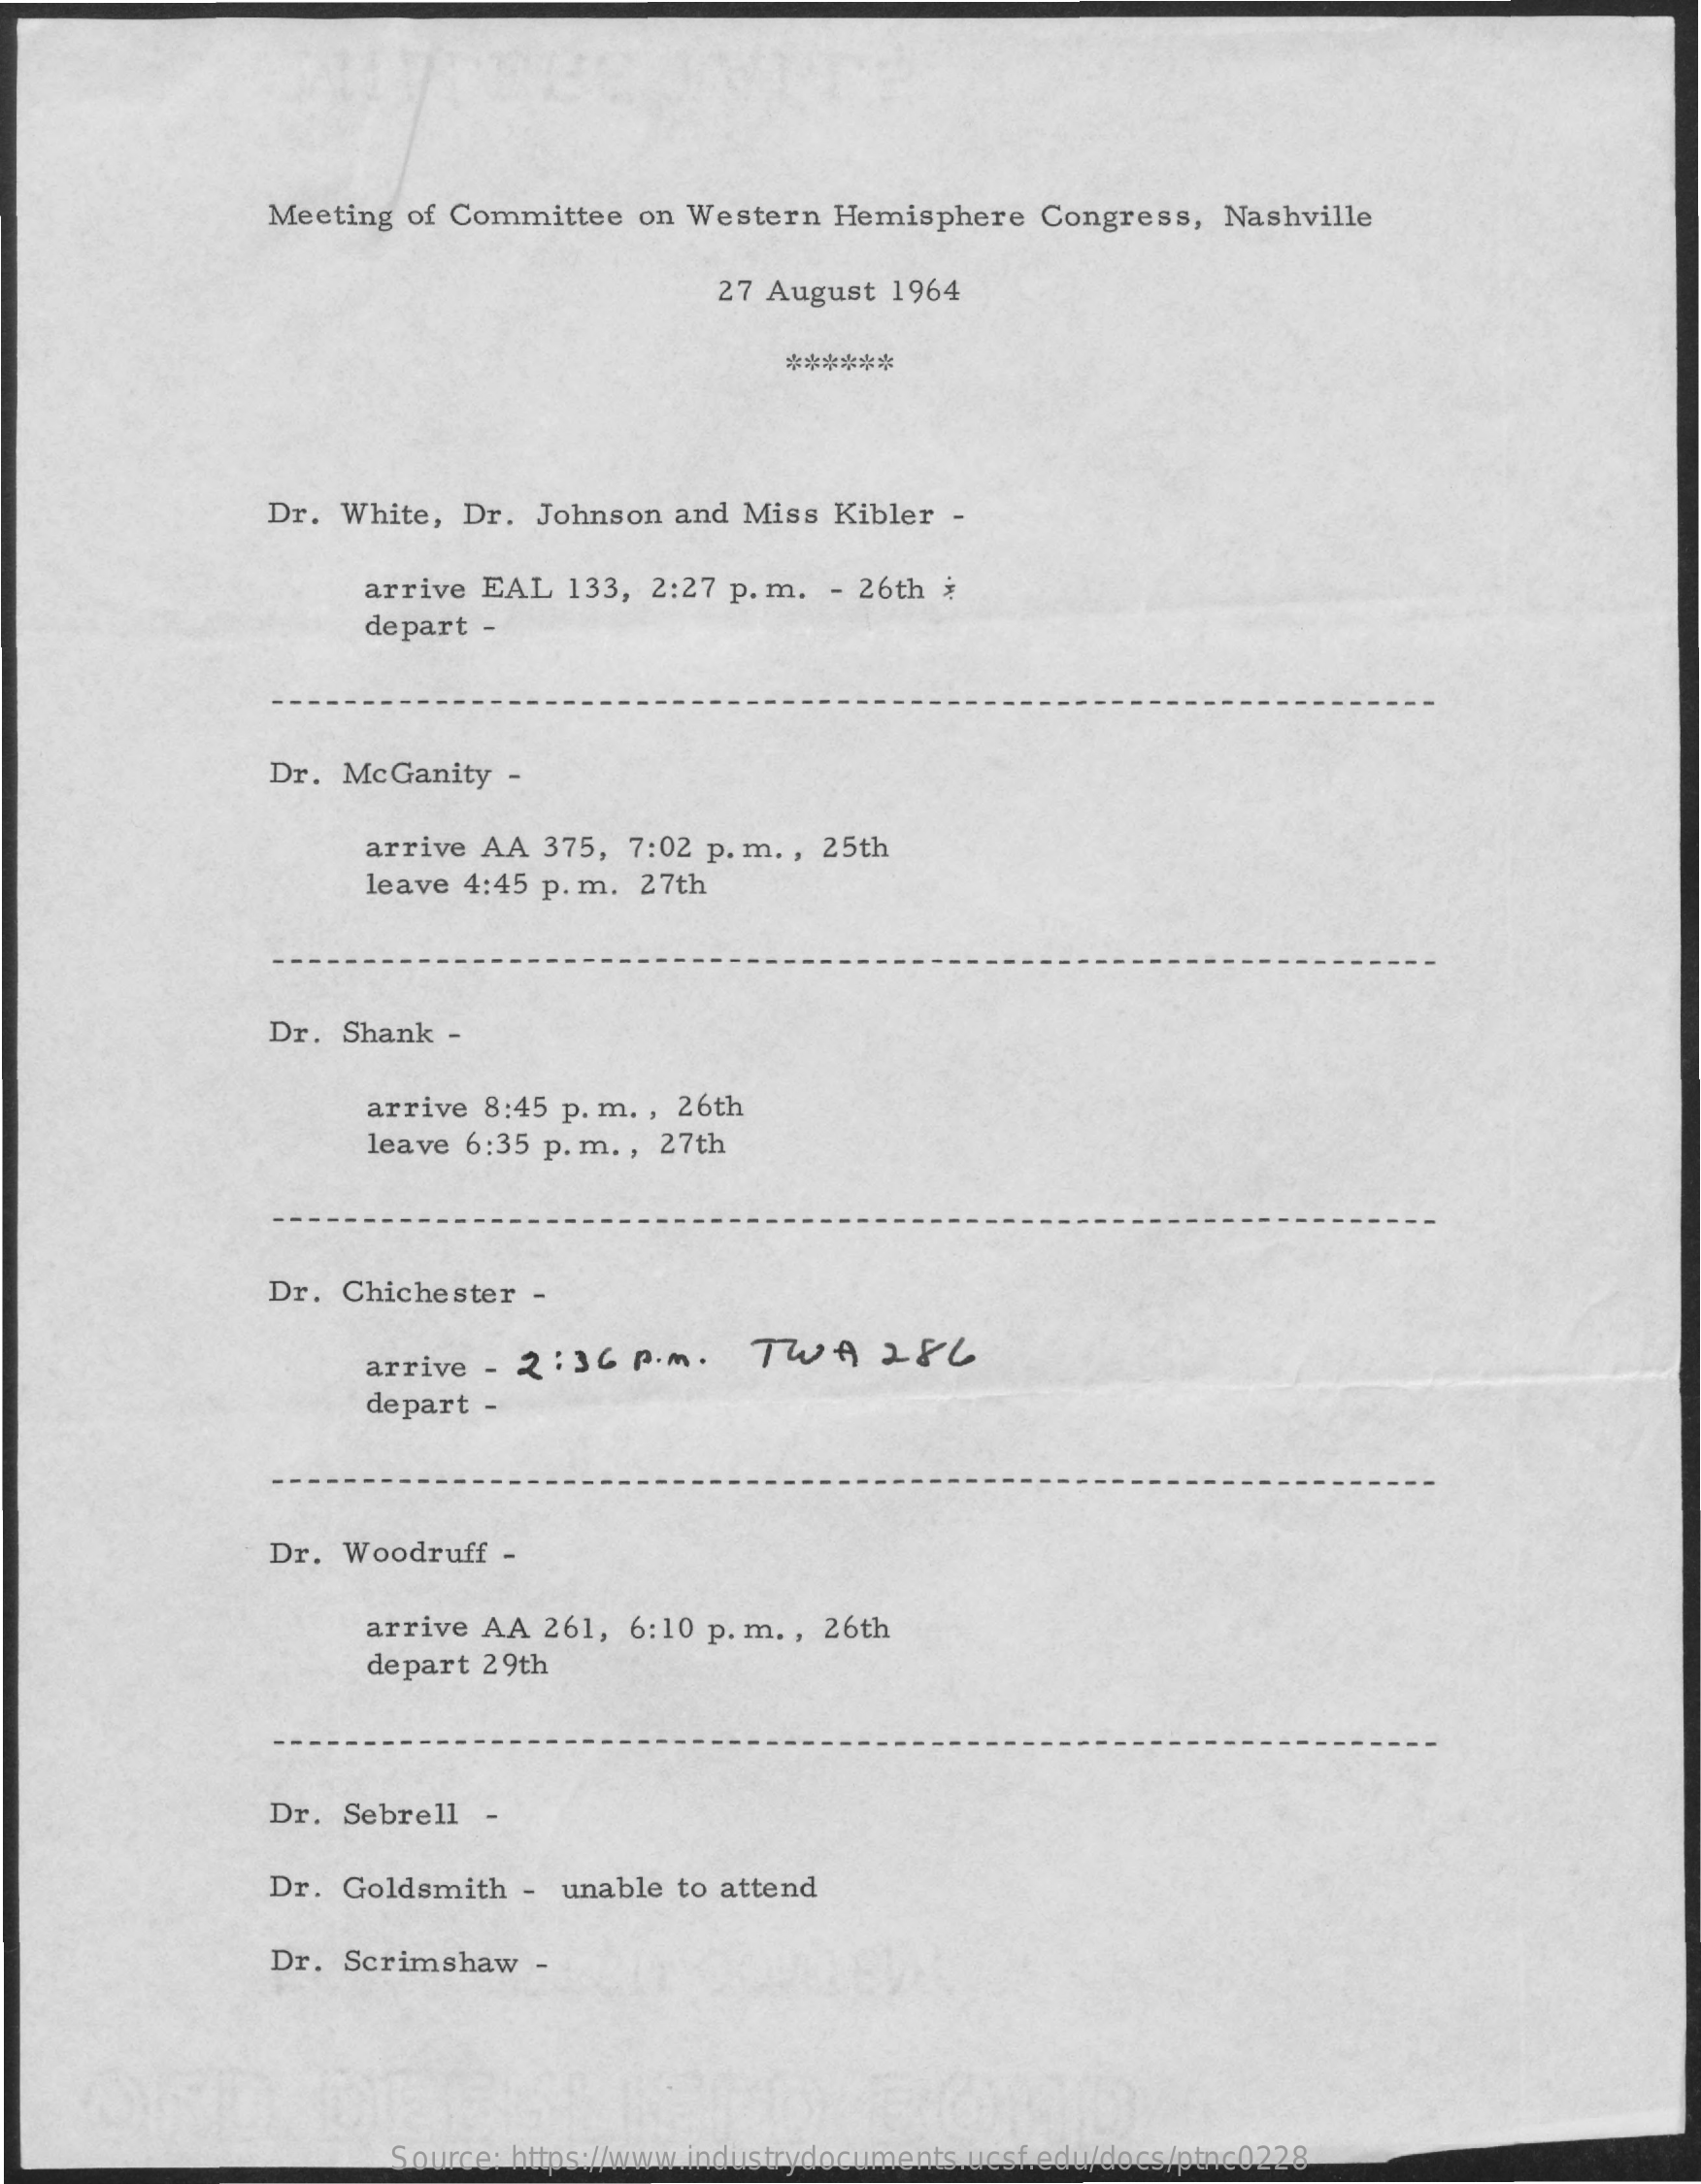
Meeting of Committee   on Western   Hemisphere   Congress,   Nashville
     27 August  1964
     ******
     Dr.  White,  Dr.  Johnson and  Miss  Kibler -
     arrive EAL   133, 2:27 p. m.  - 26th *
     depart -
     Dr. McGanity   -
     arrive AA  375,  7:02 p. m. , 25th
     leave 4:45 p. m. 27th
     Dr. Shank  -
     arrive 8:45 p. m. , 26th
     leave 6:35 p. m ., 27th
     Dr.  Chichester  -
     arrive - 2  : 36 p.m.    TWALFL
     depart -
     Dr.  Woodruff   -
     arrive AA  261, 6:10  p. m ., 26th
     depart 29th
     Dr. Sebrell   -
     Dr. Goldsmith   - unable  to attend
     Dr. Scrimshaw    -
     Source: https://www.industrydocuments.ucsf.edu/docs/ptnc0228